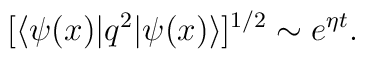
[\langle\psi(x)\vert q^2\vert\psi(x)\rangle]^{1/2} \sim e^{\eta t}.